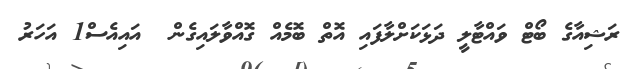
ރަޝިއާގެ ބޯޓް ވައްޓާލީ ދަޅަކަށްލާފައި އޮތް ބޮމެއް ގޮއްވާލައިގެން  އައިއެސް1 އަހަރު